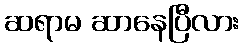
ဆရာမ ဆာနေပြီလား